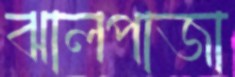
ঝালপাজা